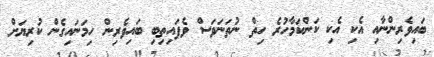
ބައިވެރިންނާއި އެކި އެކި ކަންކަމާހުރެ ހިތް ނުތަނަވަސް ވެފައިތިބި ބައިވެރިން ހިމަނައިގެން ކުރިޔަށް